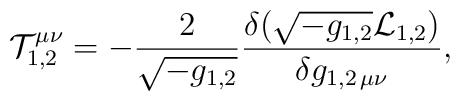
{\cal T}^{\mu\nu}_{1,2}=-{2\over\sqrt{-g_{1,2}}}{{\delta(\sqrt{-g_{1,2}}{\cal L}_{1,2})}\over{\delta g_{1,2\,\mu\nu}}},